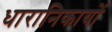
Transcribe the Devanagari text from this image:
धारानिकायों